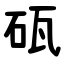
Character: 砙